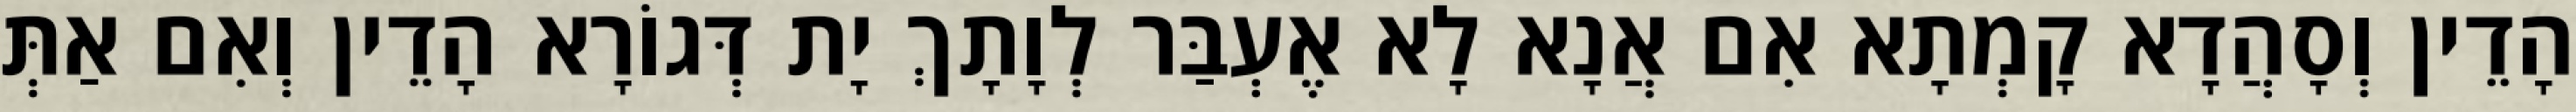
הָדֵין וְסָהֲדָא קָמְתָא אִם אֲנָא לָא אֶעְבַּר לְוָתָךְ יָת דְּגוֹרָא הָדֵין וְאִם אַתְּ